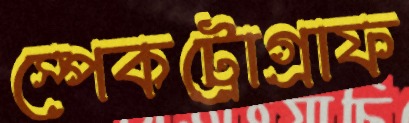
স্পেকট্রোগ্রাফ